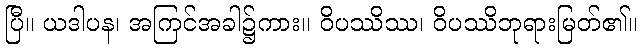
ပြီ။ ယဒါပန၊ အကြင်အခါ၌ကား။ ဝိပဿိဿ၊ ဝိပဿိဘုရားမြတ်၏။